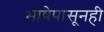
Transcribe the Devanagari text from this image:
भाषेपासूनही